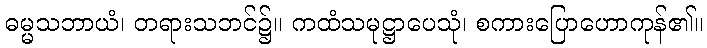
ဓမ္မသဘာယံ၊ တရားသဘင်၌။ ကထံသမုဋ္ဌာပေသုံ၊ စကားပြောဟောကုန်၏။